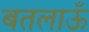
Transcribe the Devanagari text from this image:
बतलाऊँ